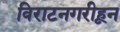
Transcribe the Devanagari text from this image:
विराटनगरीहून